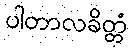
ပါတာလခိတ္တံ